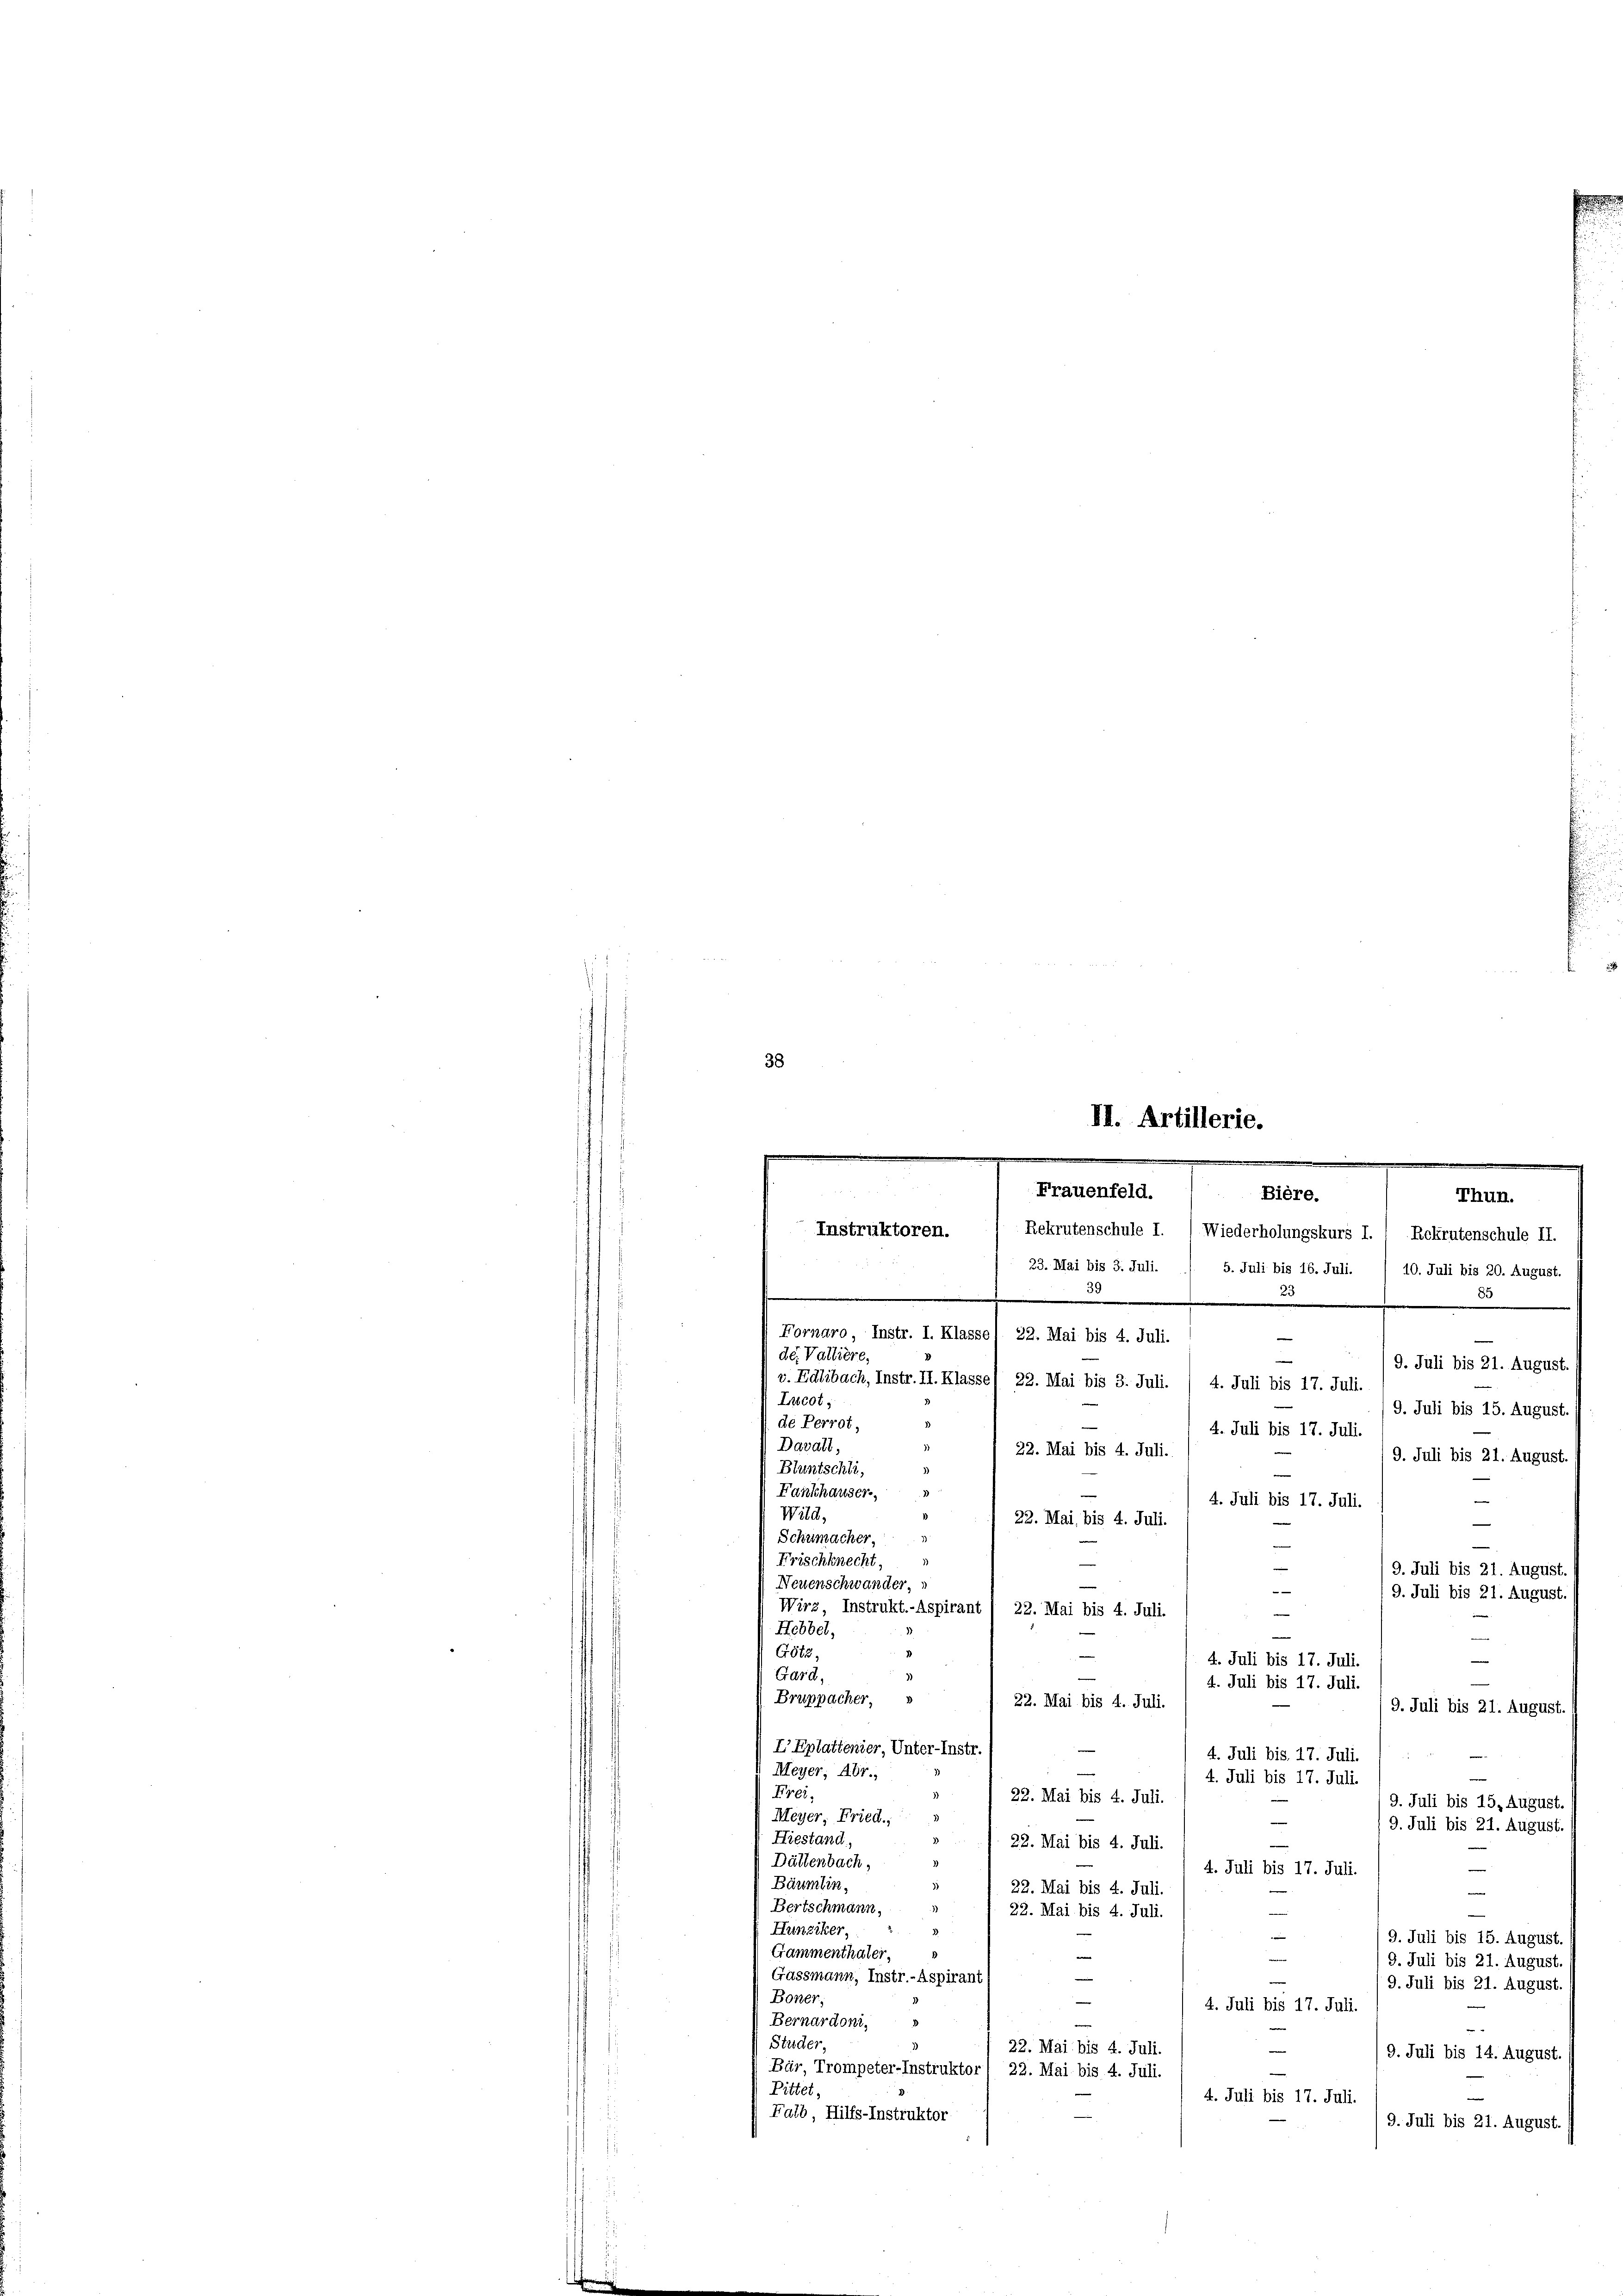
38
II. Artillerie.
.
Frauenfeld.
Bière.
Thun.
Instruktoren. ( Rekrutenschule I. (Wiederholungskurs I. / Rekrutenschule II.

.
.
.
e
Fornaro, Instr. I. Klassel 22. Mai bis 4. Juli.
e
de. Valliere,
19. Juli bis 21. August.
v.Edlibach, Instr. II. Klassel 22. Mai bis 3. Juli. / 4. Juli bis 17. Juli.
Lucot;
9. Juli bis 15. August
de Perrot,
4. Juli bis 17. Juli.
Davall,
22. Mai bis 4. Juli.
9. Juli bis 21. August.
Bluntschli,
)
Fanschauser,
3
e
4. Juli bis 17. Juli.
)
Wild,
22. Mai, bis 4. Juli.
—
Schumacher,
Frischknecht
s
9. Juli bis 21. August.
Neuenschwander,
—
19. Juli bis 21. August.
Wirz, Instrukt.-Aspirant 1 22. Mai bis 4. Juli.
Hebbel,
Götz,
4. Juli bis 17. Juli.
Gard,
4. Juli bis 17. Juli.
Bruppacher, »
22. Mai bis 4. Juli.
9. Juli bis 21. August.
IEplattenier, Unter-Instr.
4. Juli bis 17. Juli.
Meyer, Abr.,
4. Juli bis 17. Juli.
Frei
22. Mai bis 4. Juli.
9. Juli bis 15. August.
Meyer, Fried.;
—
19. Juli bis 21. August.
Hiestand,
3
e
22. Mai bis 4. Juli.
)
Dältenbach,
4. Juli bis 17. Juli.
Bäumlin.
22. Mai bis 4. Juli.
—
Bertschmann,
22. Mai bis 4. Juli
“
Hunziker,
19. Juli bis 15. August.
Gammenthäter,
e
9. Juli bis 21. August.
Gassmann, Instr.-Aspirant
9. Juli bis 21. August.
Boner;
4. Juli bis 17. Juli.
Bernardoni,
Studer,
22. Mai bis 4. Juli.
9. Juli bis 14. August.
Bär, Trompeter-Instruktor / 22. Mai bis 4. Juli.
Pittet
4. Juli bis 17. Juli.
Falb, Hilfs-Instruktor
19. Juli bis 21. August.

23. Mai bis 3. Juli. / 5. Juli bis 16. Juli. / 10. Juli bis 20. August.